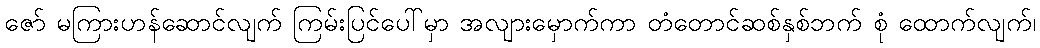
ဇော် မကြားဟန်ဆောင်လျက် ကြမ်းပြင်ပေါ်မှာ အလျားမှောက်ကာ တံတောင်ဆစ်နှစ်ဘက် စုံ ထောက်လျက်၊